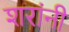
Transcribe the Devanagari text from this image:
शरांनी